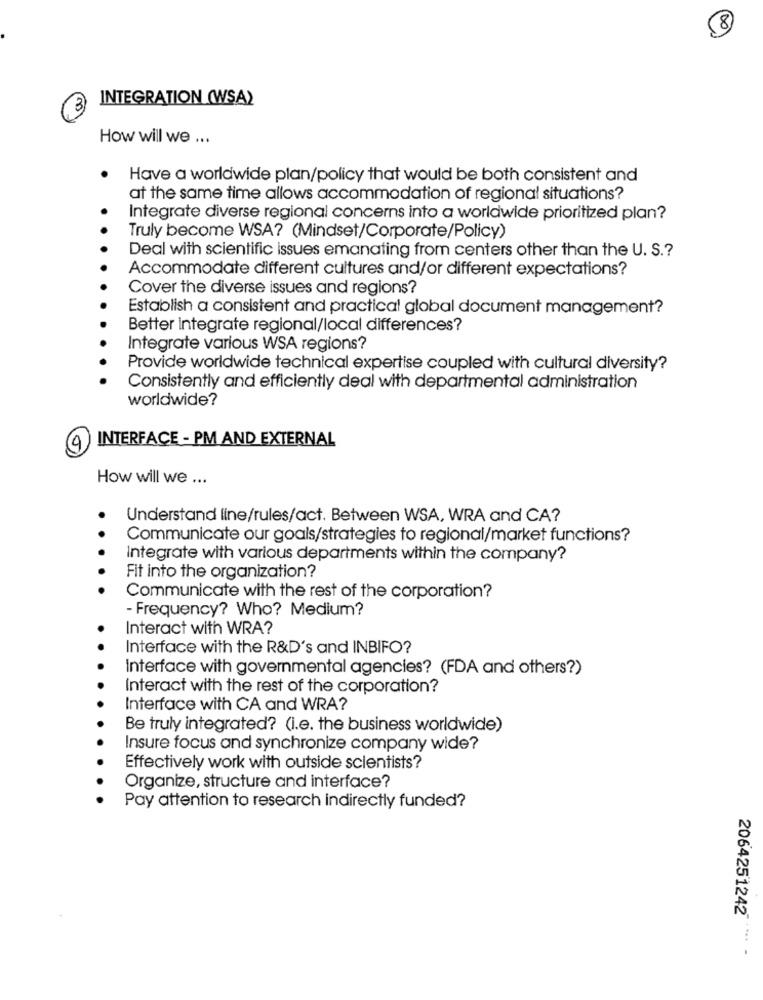
8
INTEGRATION (WSA)
How will we ...
Have a worldwide plan/policy that would be both consistent and
at the same time allows accommodation of regional situations?
Integrate diverse regional concerns into a worldwide prioritized plan?
Truly become WSA? (Mindset/Corporate/Policy)
Deal with scientific issues emanating from centers other than the U. S .?
Accommodate different cultures and/or different expectations?
Cover the diverse issues and regions?
Establish a consistent and practical global document management?
Better integrate regional/local differences?
Integrate various WSA regions?
Provide worldwide technical expertise coupled with cultural diversity?
Consistently and efficiently deal with departmental administration
worldwide?
INTERFACE - PM AND EXTERNAL
9
How will we ...
Understand line/rules/act. Between WSA, WRA and CA?
Communicate our goals/strategies to regional/market functions?
Integrate with various departments within the company?
Fit into the organization?
Communicate with the rest of the corporation?
- Frequency? Who? Medium?
Interact with WRA?
Interface with the R&D's and INBIFO?
Interface with governmental agencies? (FDA and others?)
Interact with the rest of the corporation?
Interface with CA and WRA?
Be truly integrated? (i.e. the business worldwide)
Insure focus and synchronize company wide?
Effectively work with outside scientists?
Organize, structure and interface?
Pay attention to research indirectly funded?
2064251242
.... .